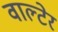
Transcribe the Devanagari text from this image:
वाल्टेर